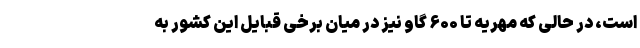
است، در حالی که مهریه تا ۶۰۰ گاو نیز در میان برخی قبایل این کشور به